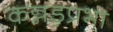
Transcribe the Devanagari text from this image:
कन्नड़प्रभा